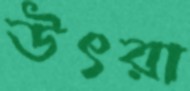
উৎরা